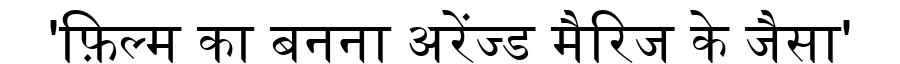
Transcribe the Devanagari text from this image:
'फ़िल्म का बनना अरेंज्ड मैरिज के जैसा'